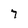
Character: 7